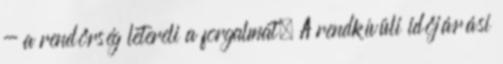
- a rendőrség letereli a forgalmat. A rendkívüli időjárási